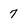
Character: 7